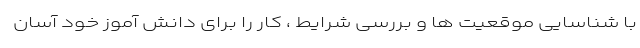
با شناسایی موقعیت ها و بررسی شرایط ، کار را برای دانش آموز خود آسان